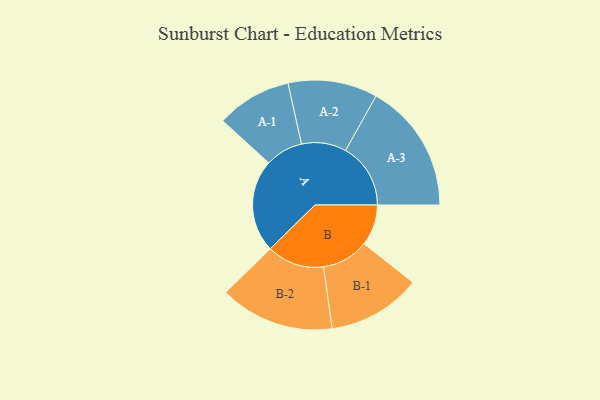
{"axis": {"x": "Segment", "y": "Value"}, "legend": ["", "A", "B"], "data": [{"x": "A", "y": 301, "type": ""}, {"x": "B", "y": 133, "type": ""}, {"x": "A-1", "y": 122, "type": "A"}, {"x": "A-2", "y": 145, "type": "A"}, {"x": "A-3", "y": 211, "type": "A"}, {"x": "B-1", "y": 152, "type": "B"}, {"x": "B-2", "y": 186, "type": "B"}]}